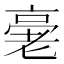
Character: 𠅸